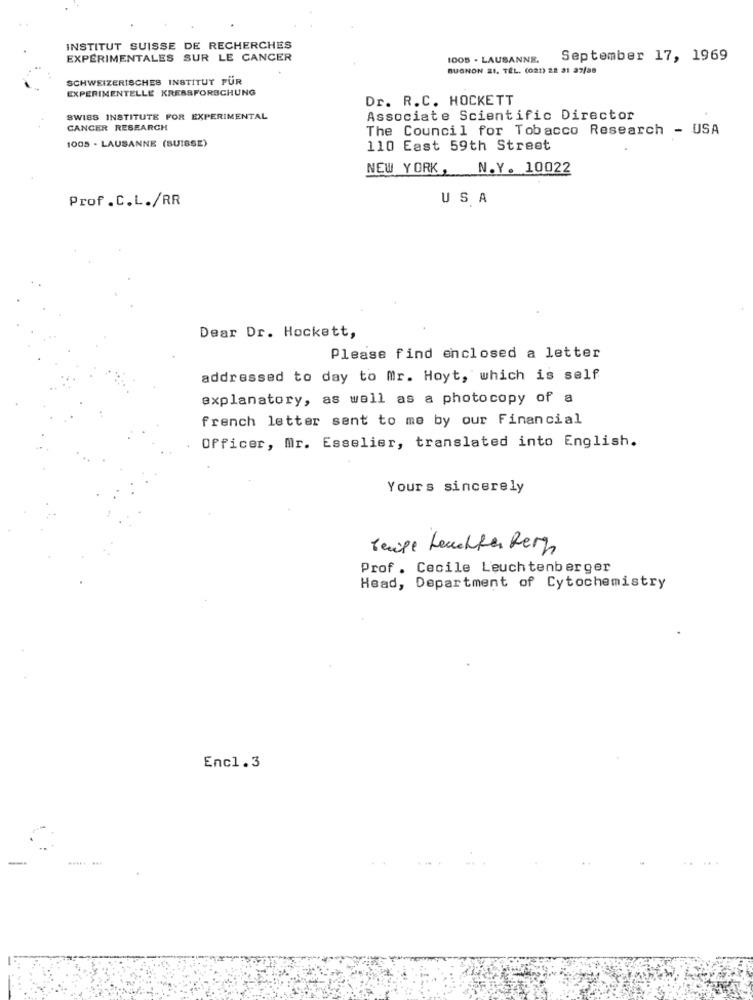
INSTITUT SUISSE DE RECHERCHES
EXPERIMENTALES SUR LE CANCER
1005 . LAUSANNE.
September 17, 1969
BUGNON 21. TEL. (021) 22 31 27/38
SCHWEIZERISCHES INSTITUT FÜR
EXPERIMENTELLE KREBSFORSCHUNG
Dr. R.C. HOCKETT
SWISS INSTITUTE FOR EXPERIMENTAL
Associate Scientific Director
CANCER RESEARCH
The Council for Tobacco Research - USA
1005 - LAUSANNE (SUISSE)
110 East 59th Street
NEW YORK, N.Y. 10022
Prof .C.L./RR
USA
Dear Dr. Hockett,
Please find enclosed a letter
addressed to day to Mr. Hoyt, which is self
explanatory, as well as a photocopy of a
french letter sent to me by our Financial
Officer, Mr. Esselier, translated into English.
Yours sincerely
Teile Leuchter Berg
Prof . Cecile Leuchtenberger
Head, Department of Cytochemistry
Encl.3
..... ...